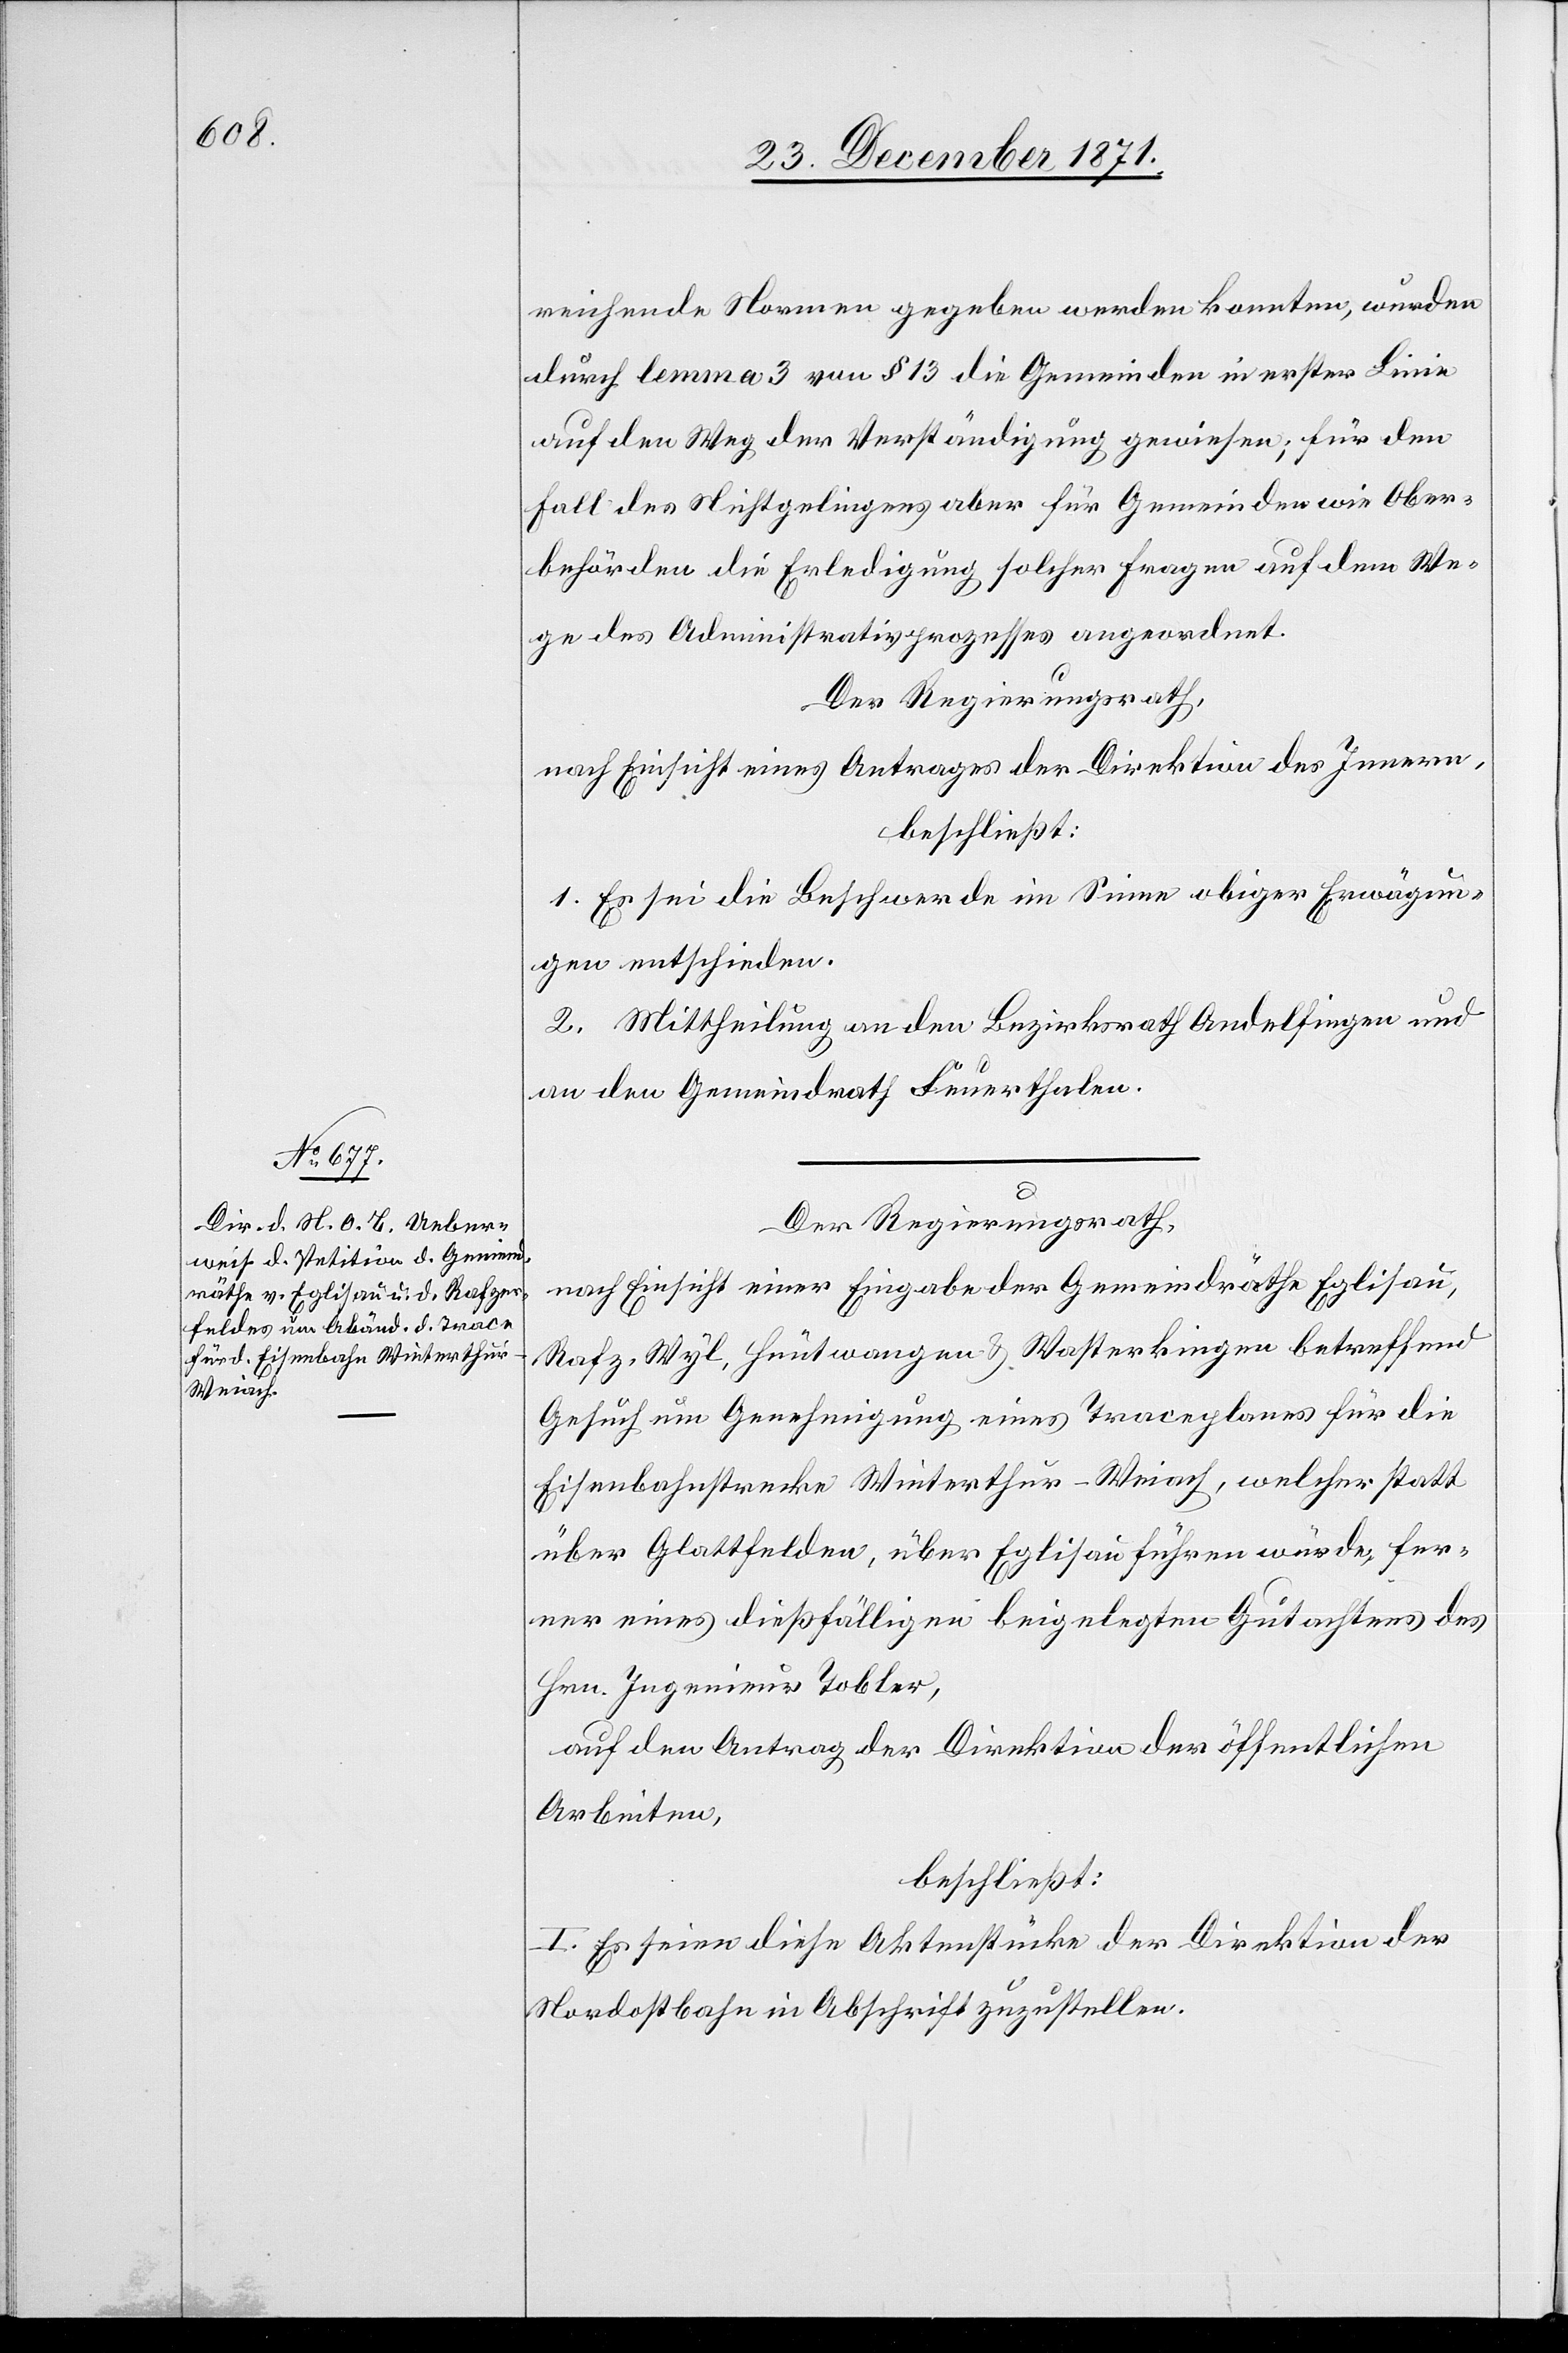
reichende Normen gegeben werden konnten, wurden
durch lemma 3 von § 13 die Gemeinden in erster Linie
auf den Weg der Verständigung gewiesen; für den
Fall des Nichtgelingens aber für Gemeinden wie Ober¬
behörden die Erledigung solcher Fragen auf dem We¬
ge des Administrativprozesses angeordnet.
Der Regierungsrath,
nach Einsicht eines Antrages der Direktion des Innern,
beschließt:
1. Es sei die Beschwerde im Sinne obiger Erwägun¬
gen entschieden.
2. Mittheilung an den Bezirksrath Andelfingen und
an den Gemeindrath Feuerthalen.
Der Regierungsrath,
nach Einsicht einer Eingabe der Gemeindräthe Eglisau,
Rafz, Wyl, Hüntwangen & Wasterkingen betreffend
Gesuch um Genehmigung eines Traceplanes für die
Eisenbahnstrecke Winterthur–Weiach, welcher statt
über Glattfelden, über Eglisau führen würde, fer¬
ner eines dießfälligen beigelegten Gutachtens des
Hrn. Ingenieur Tobler,
auf den Antrag der Direktion der öffentlichen
Arbeiten,
beschließt:
I. Es seien diese Aktenstücke der Direktion der
Nordostbahn in Abschrift zuzustellen.